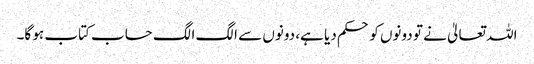
اللہ تعالیٰ نے تو دونوں کو حکم دیا ہے، دونوں سے الگ الگ حساب کتاب ہو گا۔